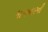
માગનારની